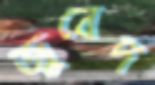
জুবেদ